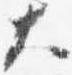
大